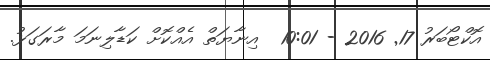
އޮކްޓޯބަރު 17